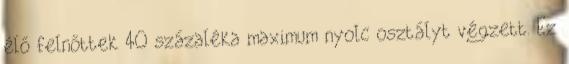
élő felnőttek 40 százaléka maximum nyolc osztályt végzett. Ez